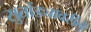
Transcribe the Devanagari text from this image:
सुतोंड्यावरील